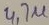
Text: 47u